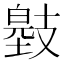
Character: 𢻞